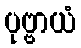
ပုဗ္ဗာယံ